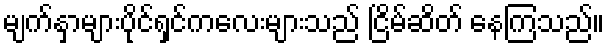
မျက်နှာများပိုင်ရှင်ကလေးများသည် ငြိမ်ဆိတ် နေကြသည်။